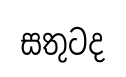
සතුටද